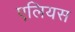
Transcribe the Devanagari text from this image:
एलियस